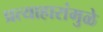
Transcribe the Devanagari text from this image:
प्रत्याहारांमुळे